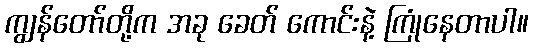
ကျွန်တော်တို့က အခု ခေတ် ကောင်းနဲ့ ကြုံနေတာပါ။